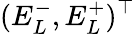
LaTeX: (E_{L}^{-},E_{L}^{+})^{\top}